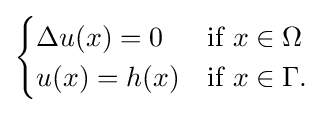
{\begin{cases}\Delta u(x)=0&{\mbox{if }}x\in \Omega \\u(x)=h(x)&{\mbox{if }}x\in \Gamma .\end{cases}}